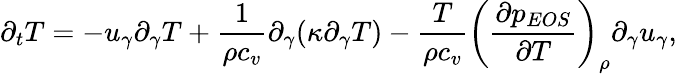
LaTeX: \partial_{t}T=-u_{\gamma}\partial_{\gamma}T+\frac{1}{\rho c_{v}}\partial_{\gamma}(\kappa\partial_{\gamma}T)-\frac{T}{\rho c_{v}}\left(\frac{\partial p_{EOS}}{\partial T}\right)_{\rho}\partial_{\gamma}u_{\gamma},